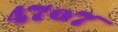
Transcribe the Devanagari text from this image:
४७॰७